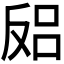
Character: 𱑻